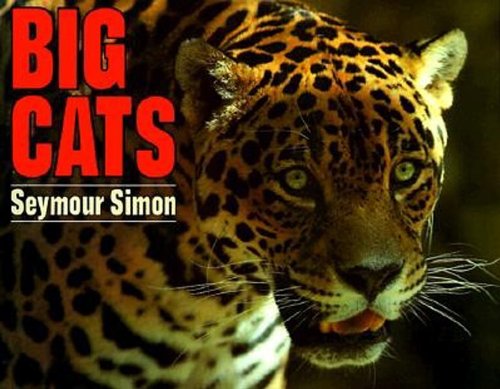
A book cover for Big Cats; Seymour Simon; Children's Books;